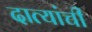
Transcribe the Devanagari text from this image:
दात्यांची